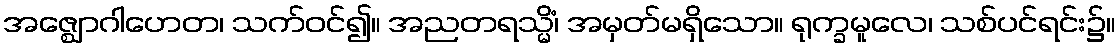
အဇ္ဈောဂါဟေတ၊ သက်ဝင်၍။ အညတရသ္မိံ၊ အမှတ်မရှိသော။ ရုက္ခမူလေ၊ သစ်ပင်ရင်း၌။